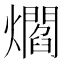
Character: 爓